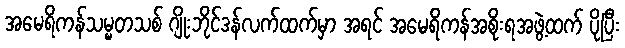
အမေရိကန်သမ္မတသစ် ဂျိုးဘိုင်ဒန်လက်ထက်မှာ အရင် အမေရိကန်အစိုးရအဖွဲ့ထက် ပိုပြီး